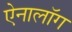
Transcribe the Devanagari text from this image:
ऐनालॉग